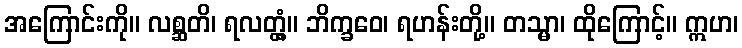
အကြောင်းကို။ လစ္ဆတိ၊ ရလတ္တံ့။ ဘိက္ခဝေ၊ ရဟန်းတို့။ တသ္မာ၊ ထိုကြောင့်။ ဣဟ၊